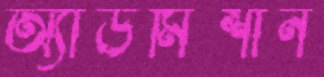
অ্যাডমিশান